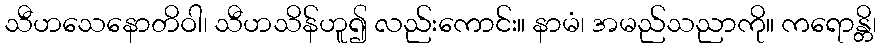
သီဟသေနောတိဝါ၊ သီဟသိန်ဟူ၍ လည်းကောင်း။ နာမံ၊ အမည်သညာကို။ ကရောန္တိ၊